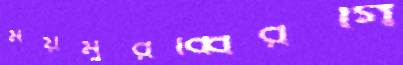
ময়মুরব্বিরগি